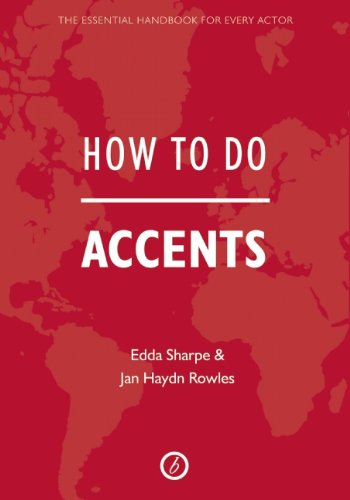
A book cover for How To Do Accents; Edda Sharpe; Literature & Fiction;